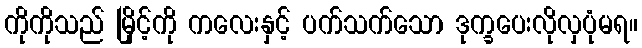
ကိုကိုသည် မြိုင့်ကို ကလေးနှင့် ပက်သက်သော ဒုက္ခပေးလိုလှပုံမရ။